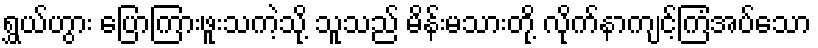
ရွှယ်ဟွား ပြောကြားဖူးသကဲ့သို့ သူသည် မိန်းမသားတို့ လိုက်နာကျင့်ကြံအပ်သော